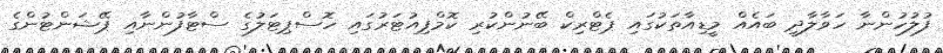
ފުލުހުންނާ ހަވާލާދީ ބައެއް މީޑިއާތަކުގައި ޕެޓްރިކް ބޭނުންކުރި ކޮމްޕިއުޓަރުގައި ހޮސްޕިޓަލުގެ ސްޓާފުންނާއި ޕޭޝަންޓުންގެ